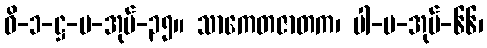
ဝိ-၁-ဋ္ဌ-ပ-အုပ်-၃၅။ သာကေတဇာတက၊ ပါ-ပ-အုပ်-၆၆၊